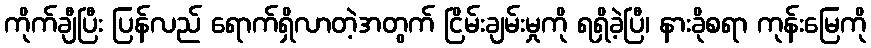
ကိုက်ချီပြီး ပြန်လည် ရောက်ရှိလာတဲ့အတွက် ငြိမ်းချမ်းမှုကို ရရှိခဲ့ပြီ၊ နားခိုစရာ ကုန်းမြေကို